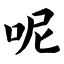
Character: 呢